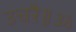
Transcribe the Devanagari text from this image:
उचऱै॥ॐ